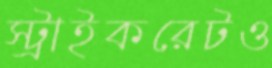
স্ট্রাইকরেটও